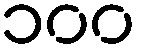
၁၀၀